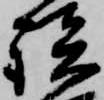
談